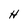
Character: H